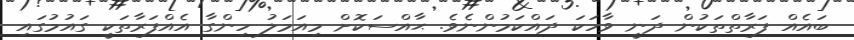
ބައެއް ފަރާތްތަކުން ދަނީ ވާހަކަ ދައްކަމުންނެވެ. ޙާއްސަކޮށް މިއަމަލު ހިންގާ އެއްފަރާތަކީ ގައުމުގައި